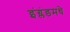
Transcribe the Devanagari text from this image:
इंग्लंडमधे